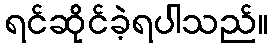
ရင်ဆိုင်ခဲ့ရပါသည်။